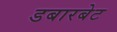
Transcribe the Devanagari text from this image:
डबारबेट